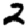
Digit: 2